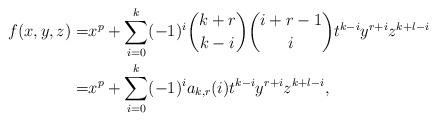
LaTeX: \begin{align*}f(x, y, z)=&x^p+\sum_{i=0}^k(-1)^i\dbinom{k+r}{k-i}\dbinom{i+r-1}{i}t^{k-i}y^{r+i}z^{k+l-i}\\=&x^p+\sum_{i=0}^k(-1)^ia_{k, r}(i)t^{k-i}y^{r+i}z^{k+l-i},\end{align*}